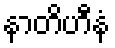
နာတိဟီနံ